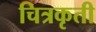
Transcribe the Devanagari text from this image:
चित्रकृती